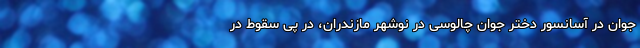
جوان در آسانسور دختر جوان چالوسی در نوشهر مازندران، در پی سقوط در